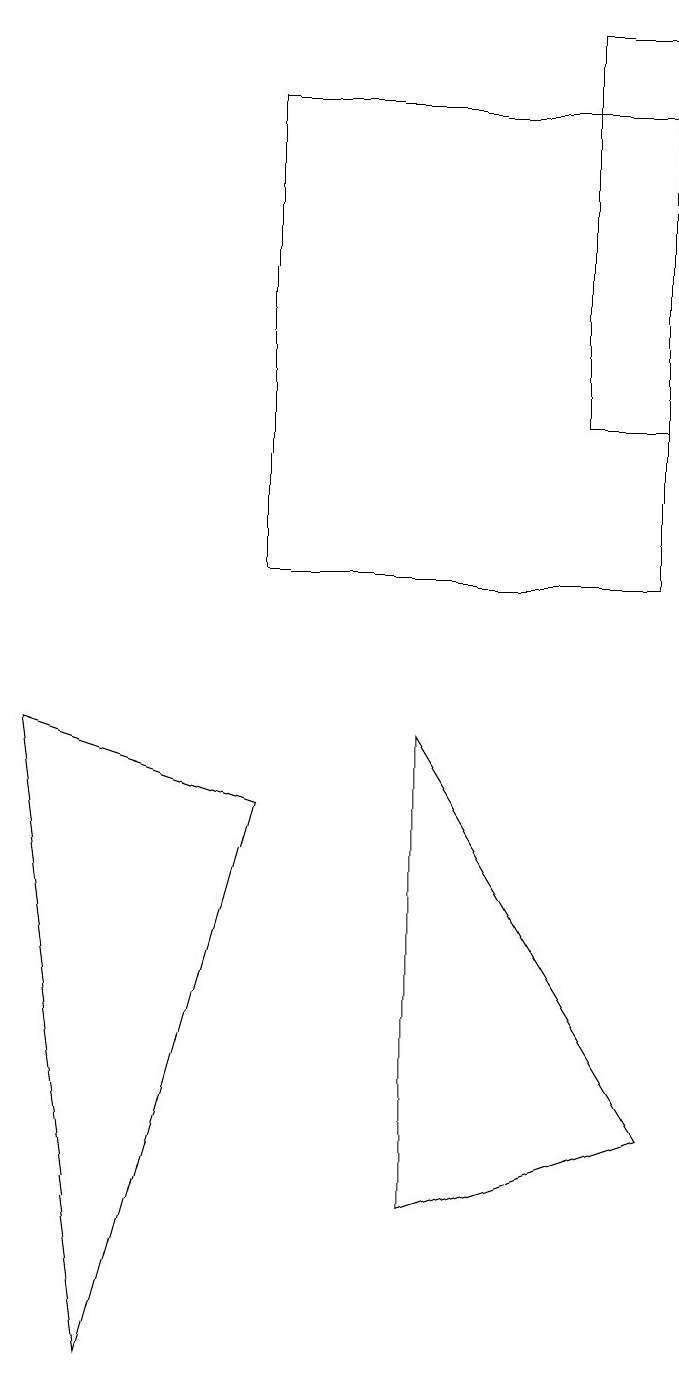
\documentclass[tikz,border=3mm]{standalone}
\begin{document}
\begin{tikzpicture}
\draw (5,9) -- (5,3) -- (8,4) -- cycle;
\draw (8,11) rectangle (3,17);
\draw (3,8) -- (0,9) -- (1,1) -- cycle;
\draw (7,18) rectangle (8,13);
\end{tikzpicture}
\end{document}